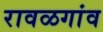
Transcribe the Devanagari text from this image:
रावळगांव